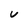
Character: V